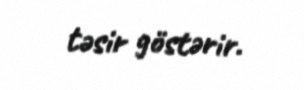
təsir göstərir.